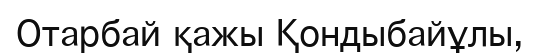
Отарбай қажы Қондыбайұлы,